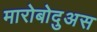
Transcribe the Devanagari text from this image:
मारोबोदुअस